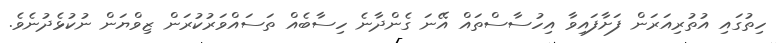
ހިތުގައި އުތުރިއަރަން ފަށާފައިވާ އިހުސާސްތައް އޭނަ ގެންދާނެ ހިސާބެއް ތަސައްވަރުކުރަން ޒިވްޔަން ނުކުޅެދުނެވެ.